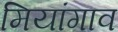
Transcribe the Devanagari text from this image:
मियांगाव